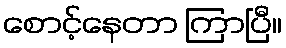
စောင့်နေတာ ကြာပြီ။